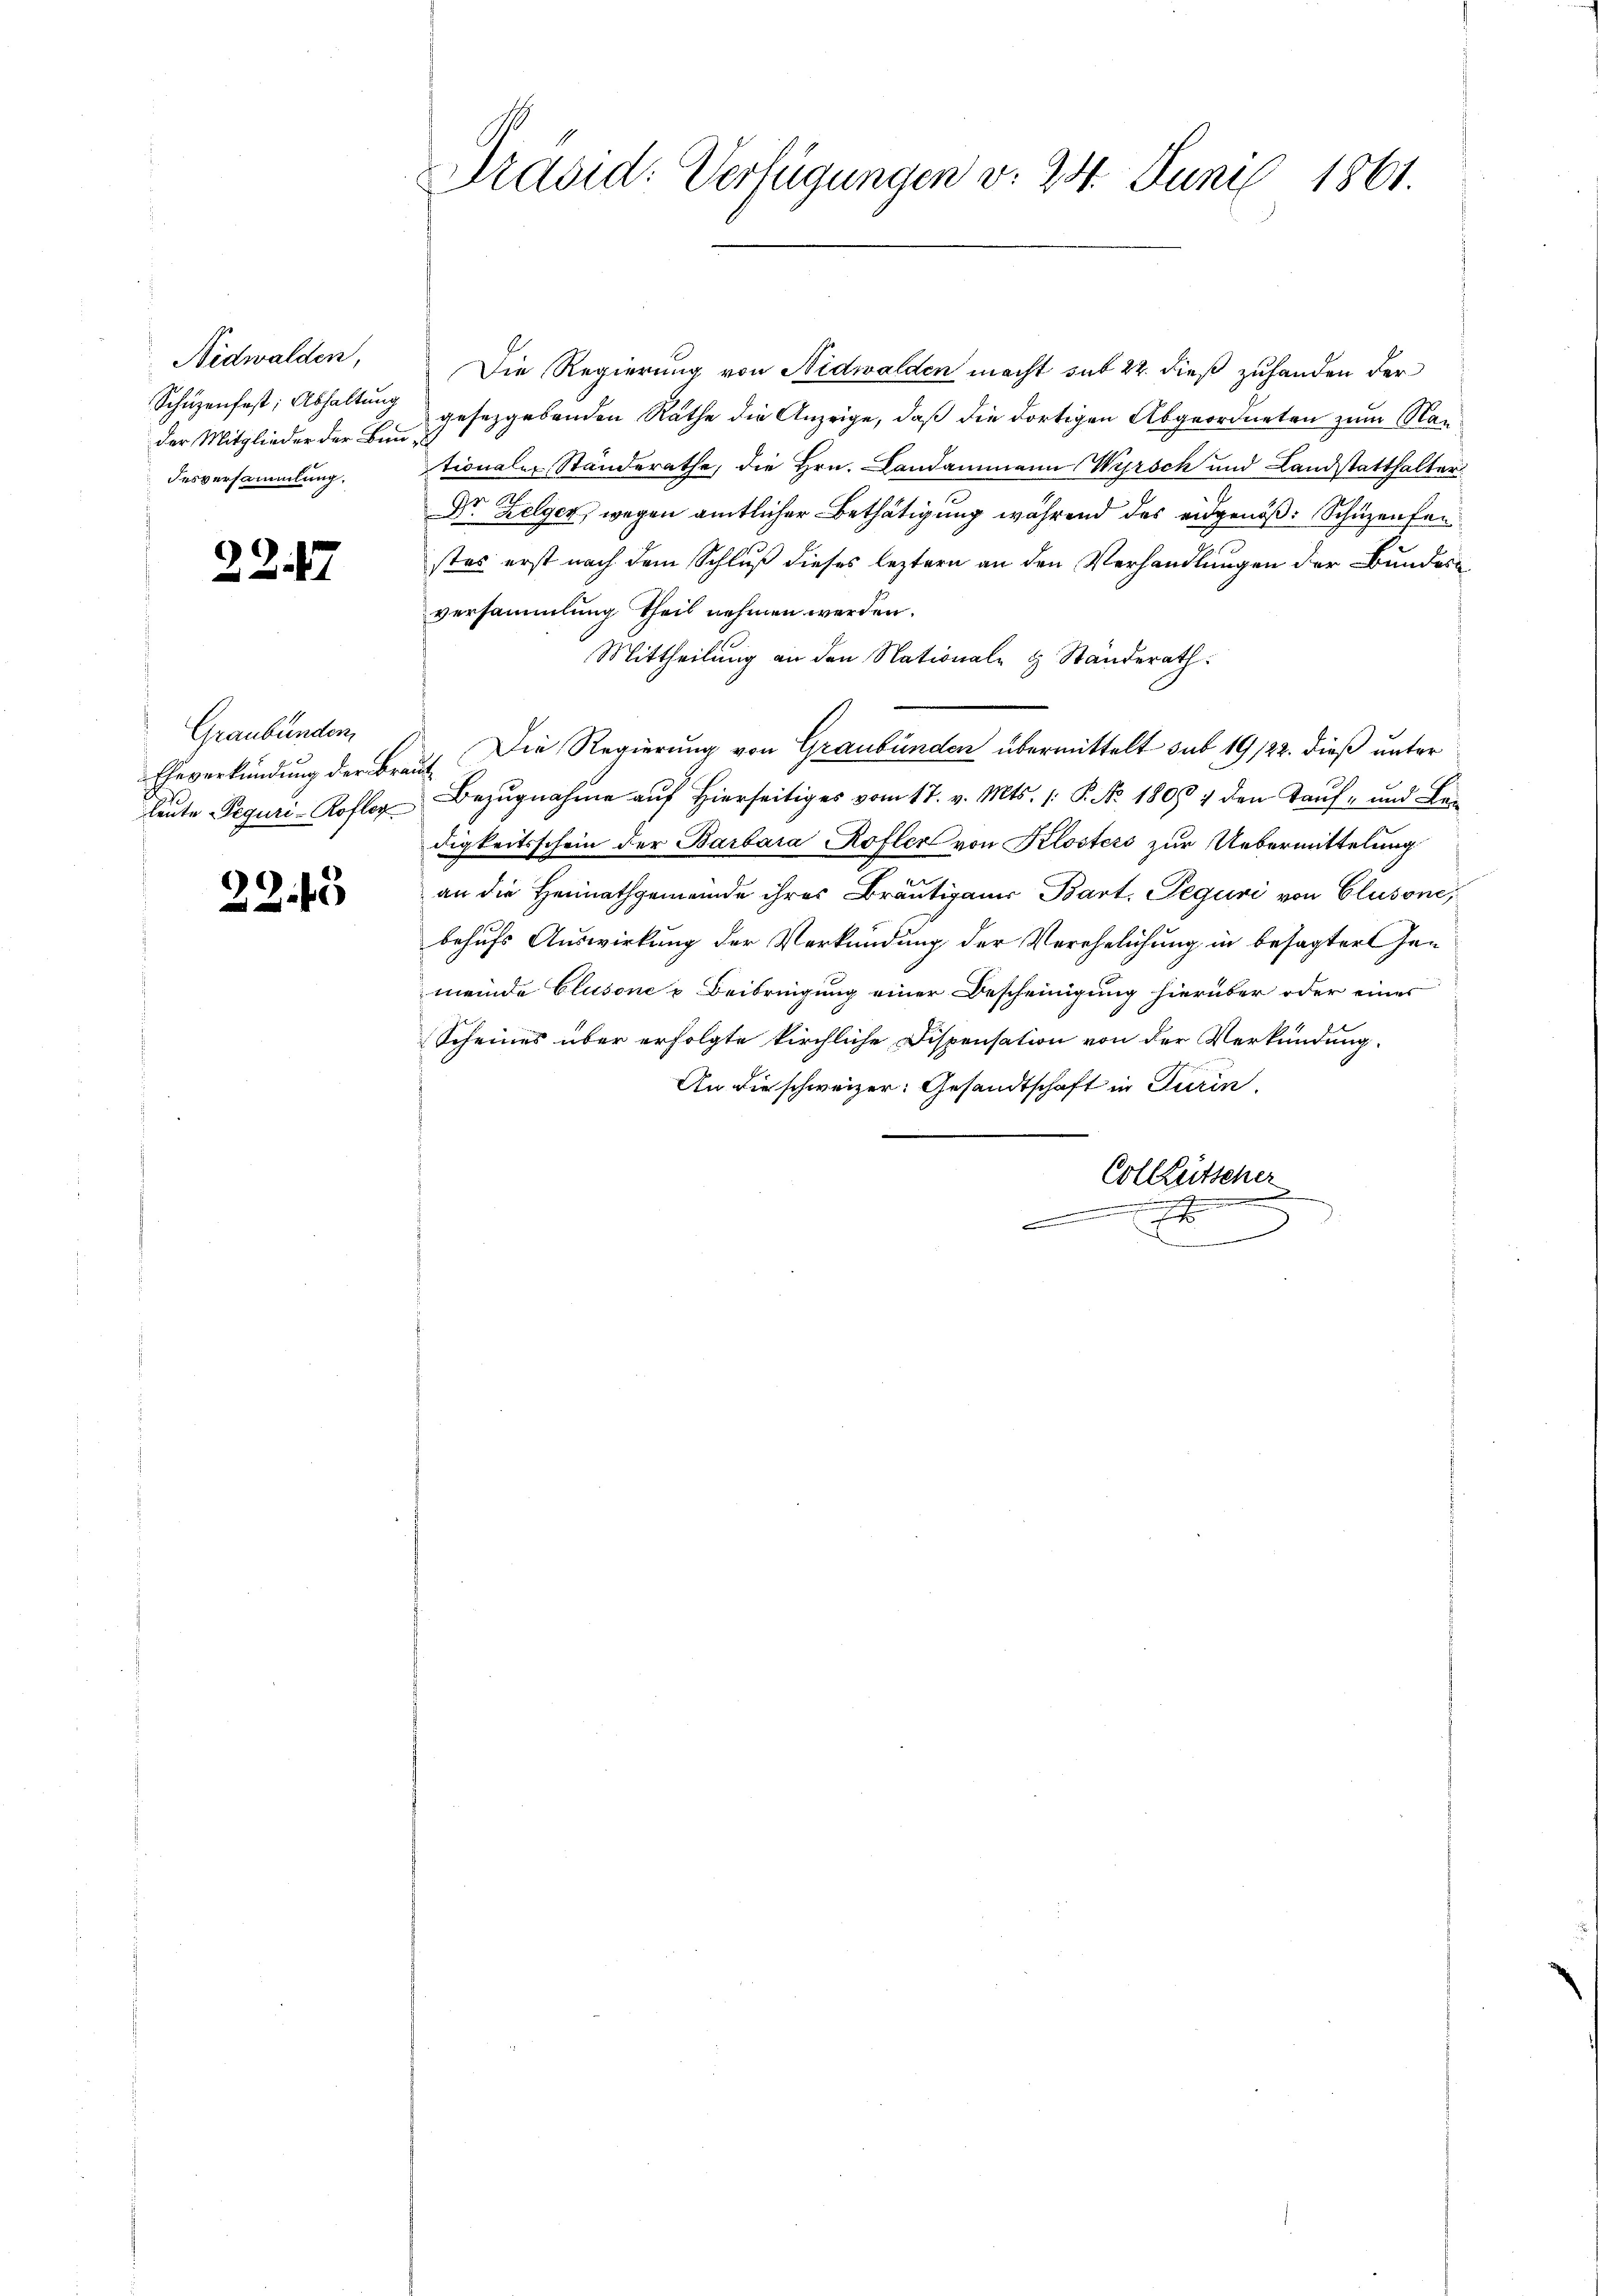
Nidwalden,
Schüzenfest; Abhaltung
der Mitglieder der Bau,
desversammlung.

227

Graubünden,

22.43

Präsid: Verfügungen v. 24. Juni 1861.

Die Regierung von Nidwalden macht sub 22. dieß zuhanden der
gesetzgebenden Räthe die Anzeige, daß die dortigen Abgeordneten zum Nantionaler Standerathe, die Hrn. Landammann Wyrsch und Landstatthalter
Dr. Zelgen, wegen amtlicher Bethätigung während des angenöß: Schüzenfan
stes erst nach dem Schluß dieses leztern an den Verhandlungen der Bundesversammlung theil nehmen werden.
Mittheilung an den Nationale & Ständerath
Eheverkündung der Braut. Die Regierung von Graubünden übermittelt sub 19/22. dieß unter
leŭte Reguri-Kofler Bezŭgnahme aŭf hierseitiges vom 17. v. Mts. /: P. No. 1804 den Taŭf- und Ber
digkeitsschein der Barbara Kofler von Klosters zur Uebermittelung
e
an die Heimathgemeinde ihres Bräutigams Bart, Peguri von Clusone,
behufs Auswirkung der Verkündung der Verehelichung in besagter Gen
meinde Clusone u. Beibringung einer Bescheinigung hierüber oder eines
Scheines über erfolgte kirchliche Dispensation von der Verkündung.
An die schweizer: Gesandtschaft in Turin,
Colleitscher
t
e